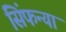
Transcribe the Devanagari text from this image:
सिंफन्या